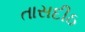
તાસદીઠ